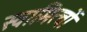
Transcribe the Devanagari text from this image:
स्वामित्वों